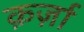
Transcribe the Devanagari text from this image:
क़र्ज़ा